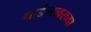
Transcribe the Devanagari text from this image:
गार्डन्सवरच्या